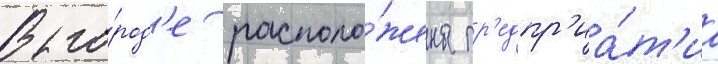
В го́род'е располо́жены пр'едпр'иа́т'иа